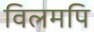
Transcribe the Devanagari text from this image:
विलमपि